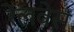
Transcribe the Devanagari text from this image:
रेलवेस